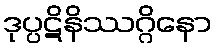
ဒုပ္ပဋိနိဿဂ္ဂိနော